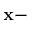
\mathbf { x } -